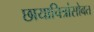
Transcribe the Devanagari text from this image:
छायाचित्रांसोबत